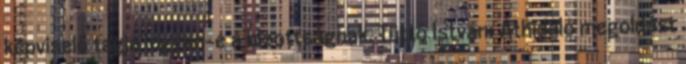
képviselő tagja legyen-e a bizottságnak. Tüttő István: Áthidaló megoldást